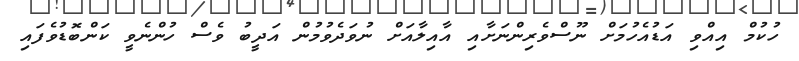
ހުކުމް އިއްވި އަޑުއެހުމަށް ނޫސްވެރިންނަށާއި އާއިލާއަށް ނުވަދެވުމުން އަދީބު ވެސް ހުންނެވީ ކަންބޮޑުވެފައި